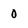
Character: 0